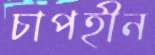
চাপহীন